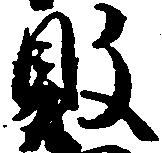
敗